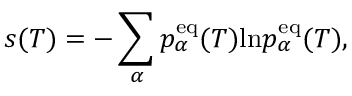
s ( T ) = - \sum _ { \alpha } p _ { \alpha } ^ { \mathrm { e q } } ( T ) \mathrm { l n } p _ { \alpha } ^ { \mathrm { e q } } ( T ) ,